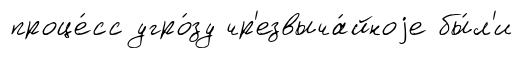
проце́сс угро́зу чр'езвыча́йноjе бы́л'и